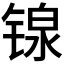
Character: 𬭣